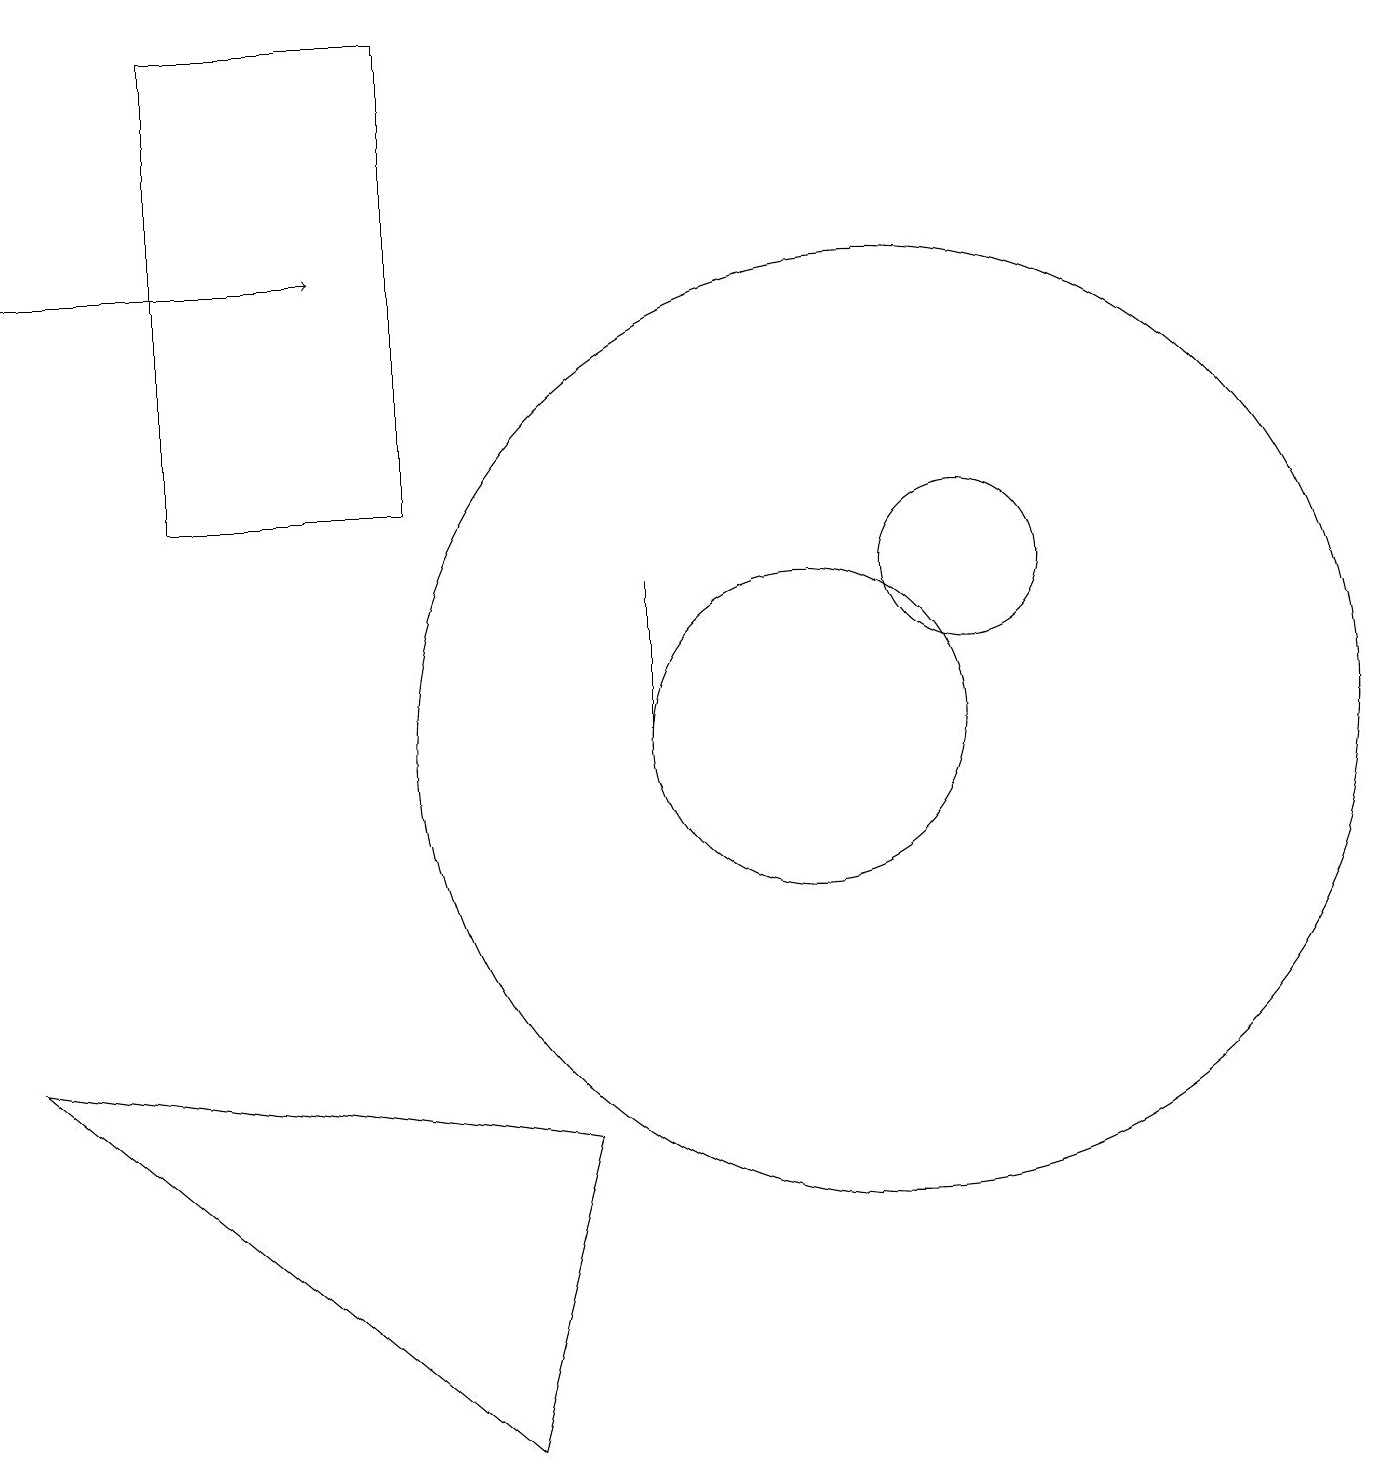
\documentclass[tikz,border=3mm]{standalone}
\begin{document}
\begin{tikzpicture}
\draw (11,10) circle (6);
\draw (8,10) rectangle (8,12);
\draw (10,10) circle (2);
\draw[->] (0,16) -- (4,16);
\draw (12,12) circle (1);
\draw (7,5) -- (6,1) -- (0,6) -- cycle;
\draw (5,13) rectangle (2,19);
\draw (11,11) circle (0);
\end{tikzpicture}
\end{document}